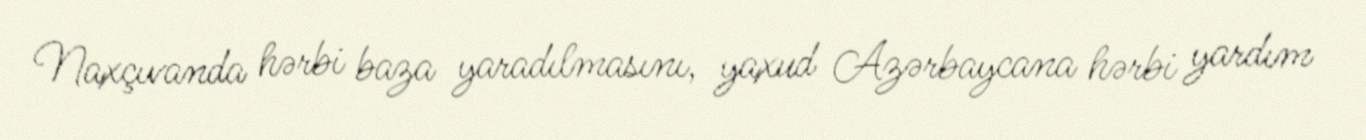
Naxçıvanda hərbi baza yaradılmasını, yaxud Azərbaycana hərbi yardım